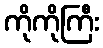
ကိုကိုကြီး